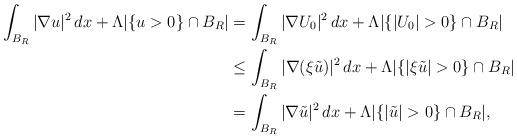
LaTeX: \begin{align*}\int_{B_R}|\nabla u|^2\,dx+\Lambda|\{u>0\}\cap B_R|&=\int_{B_R}|\nabla U_0|^2\,dx+\Lambda|\{|U_0|>0\}\cap B_R|\\&\le\int_{B_R}|\nabla (\xi \tilde u)|^2\,dx+\Lambda|\{|\xi\tilde u|>0\}\cap B_R|\\&=\int_{B_R}|\nabla \tilde u|^2\,dx+\Lambda|\{|\tilde u|>0\}\cap B_R|,\end{align*}